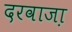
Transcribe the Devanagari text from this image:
दरवाजा़